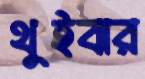
থুইবার